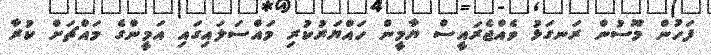
ފަހުން މޫސުން ރަނގަޅު ވެއްޖެރައީސް ޔާމީން ހައްޔަރުކުރި މައްސަލައިގައި އަމީންގެ މައްޗަށް ކުރާ